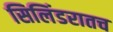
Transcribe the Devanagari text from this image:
सिलिंडरातच